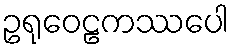
ဥရုဝေဠကဿပေါ